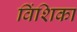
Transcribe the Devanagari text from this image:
विंशिका